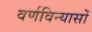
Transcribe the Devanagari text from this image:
वर्णविन्यासों